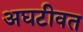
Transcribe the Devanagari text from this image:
अघटीवत